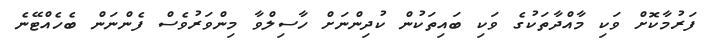
ފަރުމާކޮށް ވަކި މާއްދާތަކުގެ ވަކި ބައިތަކުން ކުދިންނަށް ހާސިލްވާ މިންވަރުވެސް ފެންނަން ބެހެއްޓޭނެ